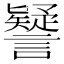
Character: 𧭐